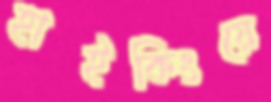
হাইকিংয়ে